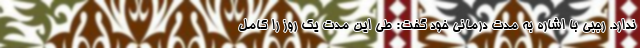
ندارد. رجبی با اشاره به مدت درمانی خود گفت: طی این مدت یک روز را کامل